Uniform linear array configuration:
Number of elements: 4
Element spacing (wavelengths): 0.75
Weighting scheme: uniform
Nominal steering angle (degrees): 45
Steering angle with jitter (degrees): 46.907
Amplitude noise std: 0.05
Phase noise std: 0.05

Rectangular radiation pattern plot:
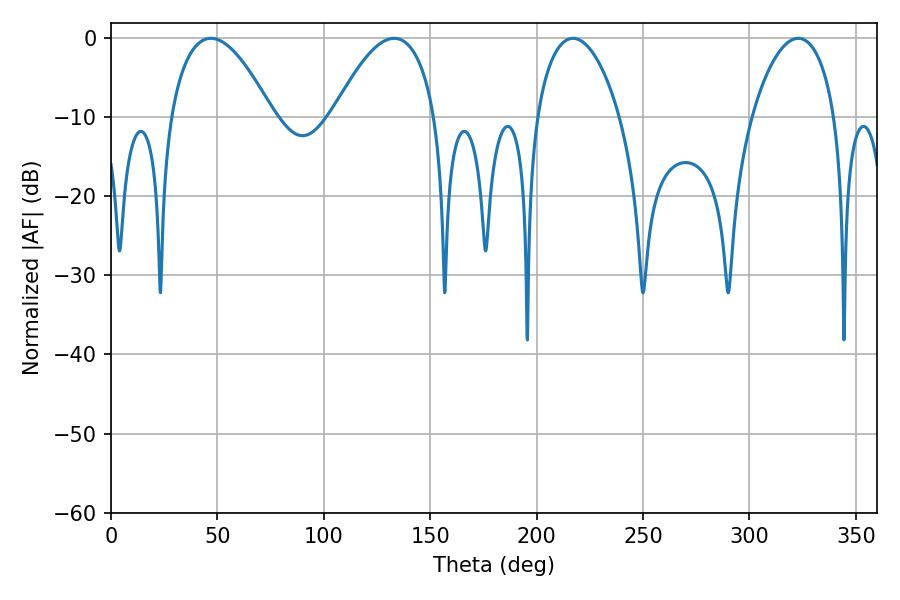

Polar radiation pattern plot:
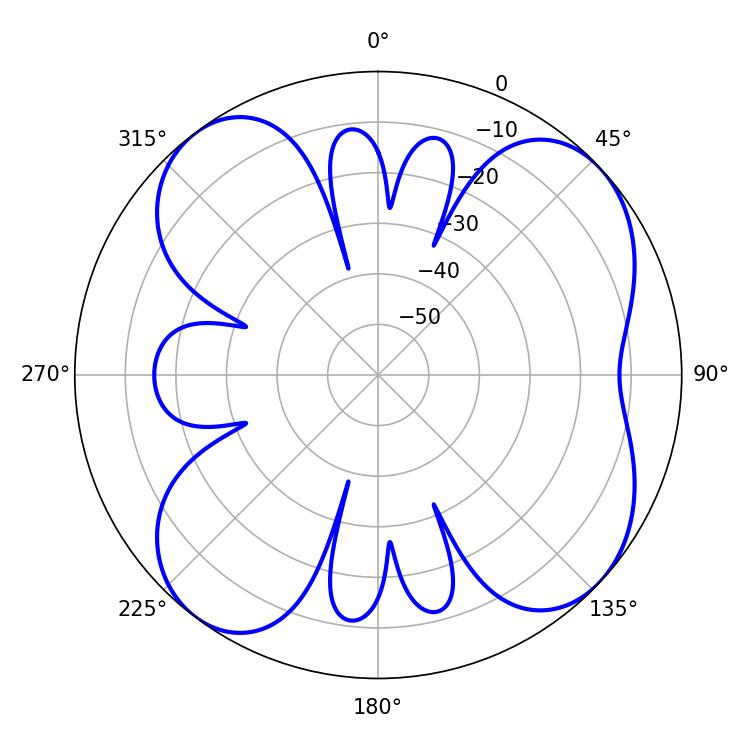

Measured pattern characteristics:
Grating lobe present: TRUE
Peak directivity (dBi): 8.85
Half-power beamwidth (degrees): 22.14
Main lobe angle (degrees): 217.08